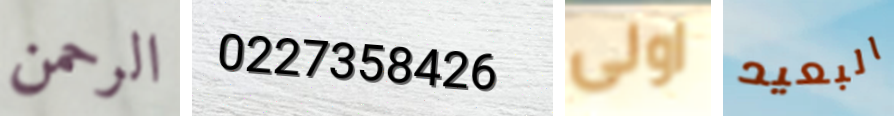
الرحمن 0227358426 اولى البعيد